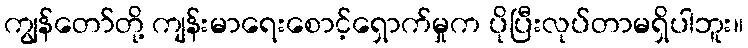
ကျွန်တော်တို့ ကျန်းမာရေးစောင့်ရှောက်မှုက ပိုပြီးလုပ်တာမရှိပါဘူး။